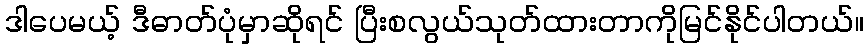
ဒါပေမယ့် ဒီဓာတ်ပုံမှာဆိုရင် ပြီးစလွယ်သုတ်ထားတာကိုမြင်နိုင်ပါတယ်။